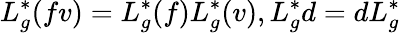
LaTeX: L_{g}^{\ast}(fv)=L_{g}^{\ast}(f)L_{g}^{\ast}(v),L_{g}^{\ast}d=dL_{g}^{\ast}